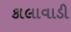
કાલાવાડી